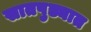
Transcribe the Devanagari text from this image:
सातपुड्यात